Annual report of the Punjab Veterinary College and of the Civil Veterinary Department, Punjab - 1920-1925
Year: 1920
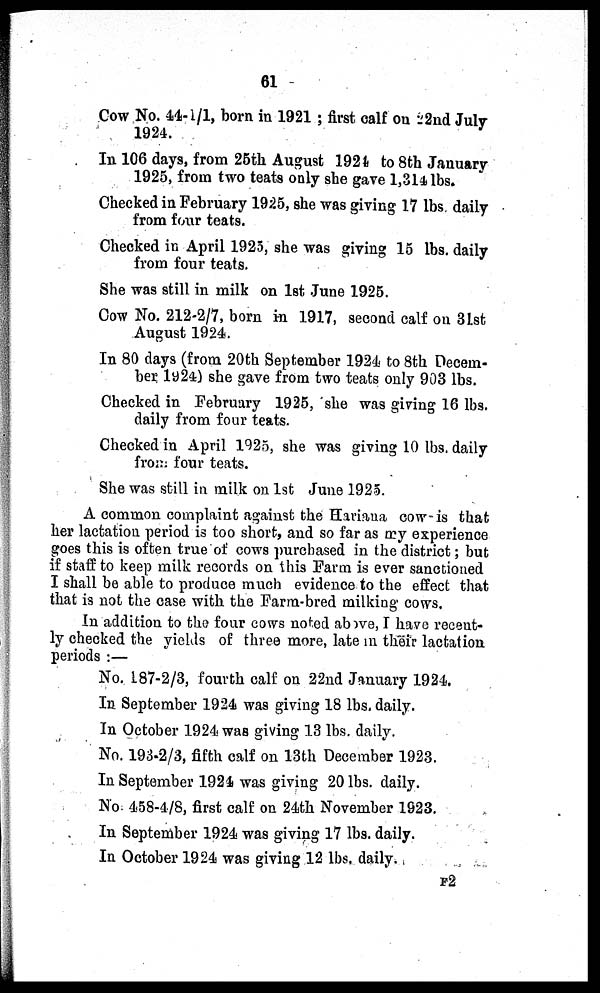
61
Cow No. 44-1/1, born in 1921 ; first calf on 22nd July
1924.
In 106 days, from 25th August 1924 to 8th January
1925, from two teats only she gave 1,314 lbs.
Checked in February 1925, she was giving 17 lbs. daily
from four teats.
Checked in April 1925, she was giving 15 lbs. daily
from four teats.
She was still in milk on 1st June 1925.
Cow No. 212-2/7, born in 1917, second calf on 31st
August 1924.
In 80 days (from 20th September 1924 to 8th Decem-
ber 1924) she gave from two teats only 903 lbs.
Checked in February 1925, she was giving 16 lbs.
daily from four teats.
Checked in April 1925, she was giving 10 lbs. daily
from four teats.
She was still in milk on 1st June 1925.
A common complaint against the Hariana cow - is that
her lactation period is too short, and so far as my experience
goes this is often true of cows purchased in the district; but
if staff to keep milk records on this Farm is ever sanctioned
I shall be able to produce much evidence to the effect that
that is not the case with the Farm-bred milking cows.
In addition to the four cows noted above, I have recent-
ly checked the yields of three more, late in their lactation
periods :—
No. 187-2/3, fourth calf on 22nd January 1924.
In September 1924 was giving 18 lbs. daily.
In October 1924 was giving 13 lbs. daily.
No. 193-2/3, fifth calf on 13th December 1923.
In September 1924 was giving 20 lbs. daily.
No. 458-4/8, first calf on 24th November 1923.
In September 1924 was giving 17 lbs. daily.
In October 1924 was giving 12 lbs. daily.
F2